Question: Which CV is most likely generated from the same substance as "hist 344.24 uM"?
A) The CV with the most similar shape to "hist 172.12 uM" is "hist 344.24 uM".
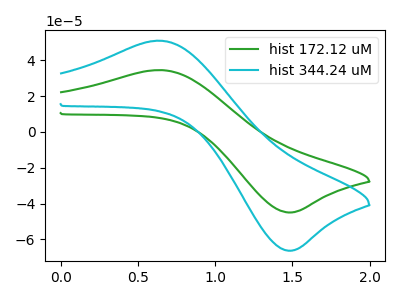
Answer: <think>The green curve "hist 172.12 uM" has an anodic peak at (0.65V, 34.50uA) and a cathodic peak at (1.45V, -44.95uA). The cyan curve "hist 344.24 uM" has an anodic peak at (0.65V, 50.90uA) and a cathodic peak at (1.45V, -66.25uA).
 All the peaks in "hist 172.12 uM" have a peak in "hist 344.24 uM" at the same potential. Every peak in "hist 172.12 uM" is lower than every peak in "hist 344.24 uM".</think>
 <answer>A) The CV with the most similar shape to "hist 172.12 uM" is "hist 344.24 uM".</answer>
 <eval>A</eval>